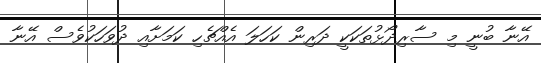
އޭނާ ބުނީ މި ސާރިދޯޅުތަކަކީ ދަރިން ކަހަލަ އެއްޗެހި ކަމަށާއި ދުވަހަކުވެސް އޭނާ